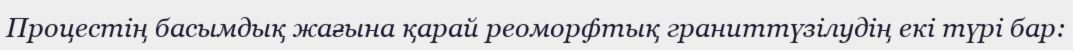
Процестің басымдық жағына қарай реоморфтық граниттүзілудің екі түрі бар: